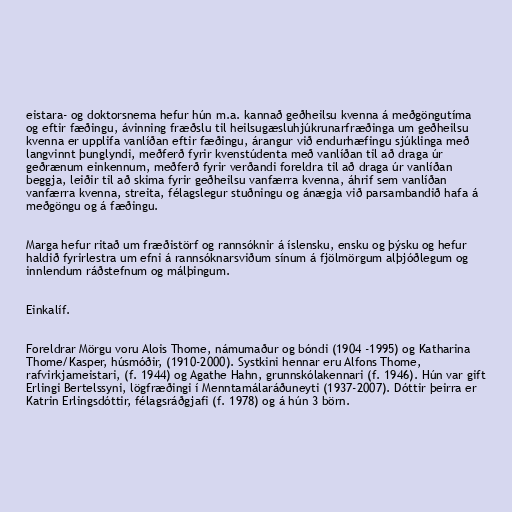
eistara- og doktorsnema hefur hún m.a. kannað geðheilsu kvenna á meðgöngutíma
og eftir fæðingu, ávinning fræðslu til heilsugæsluhjúkrunarfræðinga um geðheilsu
kvenna er upplifa vanlíðan eftir fæðingu, árangur við endurhæfingu sjúklinga með
langvinnt þunglyndi, meðferð fyrir kvenstúdenta með vanlíðan til að draga úr
geðrænum einkennum, meðferð fyrir verðandi foreldra til að draga úr vanlíðan
beggja, leiðir til að skima fyrir geðheilsu vanfærra kvenna, áhrif sem vanlíðan
vanfærra kvenna, streita, félagslegur stuðningu og ánægja við parsambandið hafa á
meðgöngu og á fæðingu.

Marga hefur ritað um fræðistörf og rannsóknir á íslensku, ensku og þýsku og hefur
haldið fyrirlestra um efni á rannsóknarsviðum sínum á fjölmörgum alþjóðlegum og
innlendum ráðstefnum og málþingum.

Einkalíf.

Foreldrar Mörgu voru Alois Thome, námumaður og bóndi (1904 -1995) og Katharina
Thome/Kasper, húsmóðir, (1910-2000). Systkini hennar eru Alfons Thome,
rafvirkjameistari, (f. 1944) og Agathe Hahn, grunnskólakennari (f. 1946). Hún var gift
Erlingi Bertelssyni, lögfræðingi í Menntamálaráðuneyti (1937-2007). Dóttir þeirra er
Katrin Erlingsdóttir, félagsráðgjafi (f. 1978) og á hún 3 börn.